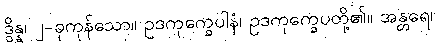
ဒွိန္န၊ ၂-ခုကုန်သော။ ဥဒကုက္ခေပါနံ၊ ဥဒကုက္ခေပတို့၏။ အန္တရေ၊